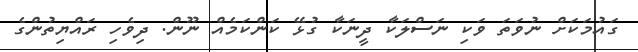
ގައުމަކަށް ނުވަތަަ ވަކި ނަސްލަކާ ދީނަކާ ގުޅޭ ކަންކަމެއް ނޫން. ދިވެހި ރައްޔިތުންގެ